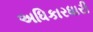
અધિકારધારી